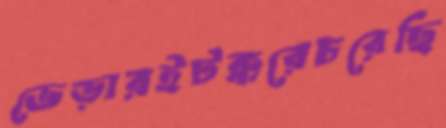
ভেড়ারইটক্করেচরেছি